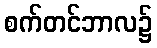
စက်တင်ဘာလ၌